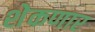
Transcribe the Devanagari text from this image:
शेकणार